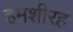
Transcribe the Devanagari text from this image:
हमशीरह